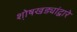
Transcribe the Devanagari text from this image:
शो़षखड्यांद्वारे